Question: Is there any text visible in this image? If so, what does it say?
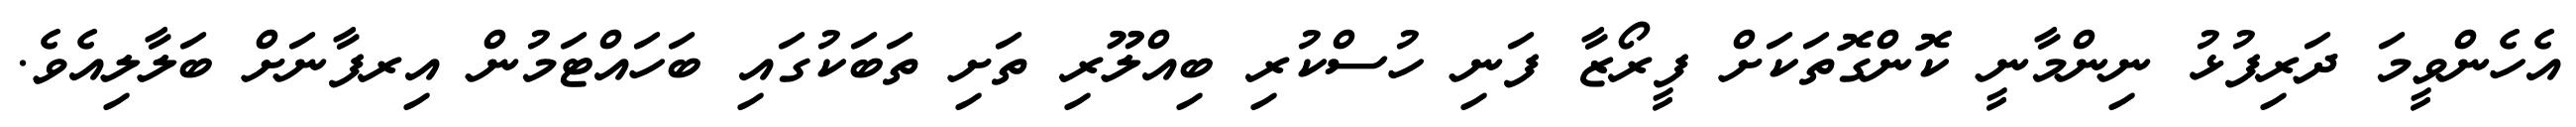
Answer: އެހެންވީމަ ދަރިފުޅު ނިންމާނީ ކޮންގޮތަކަށް ފީރޯޒާ ފަނި ހުސްކުރި ބިއްލޫރި ތަށި ތަބަކުގައި ބަހައްޓަމުން އިރފާނަށް ބަލާލިއެވެ.